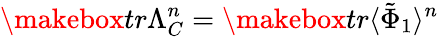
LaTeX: \makebox{tr}\Lambda_{C}^{n}=\makebox{tr}\langle\tilde{\Phi}_{1}\rangle^{n}